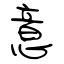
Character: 意